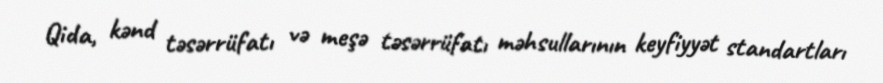
Qida, kənd təsərrüfatı və meşə təsərrüfatı məhsullarının keyfiyyət standartları